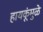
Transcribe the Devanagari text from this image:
हायकूंमुळे